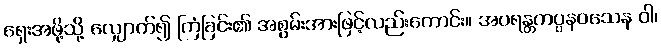
ရှေးအဖို့သို့ လျှောက်၍ ကြံခြင်း၏ အစွမ်းအားဖြင့်လည်းကောင်း။ အပရန္တကပ္ပနဝသေန ဝါ၊